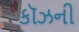
કૉઝની